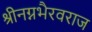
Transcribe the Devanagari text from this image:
श्रीनग्नभैरवराज